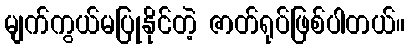
မျက်ကွယ်မပြုနိုင်တဲ့ ဇာတ်ရုပ်ဖြစ်ပါတယ်။